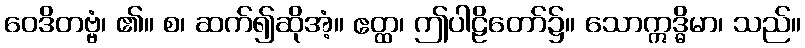
ဝေဒိတဗ္ဗံ၊ ၏။ စ၊ ဆက်၍ဆိုအံ့။ ဧတ္ထ၊ ဤပါဠိတော်၌။ သောဣဒ္ဓိမာ၊ သည်။